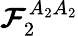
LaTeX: \boldsymbol{\mathcal{F}}_{2}^{A_{2}A_{2}}